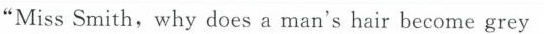
"Miss Smith,why does a man's hair become grey